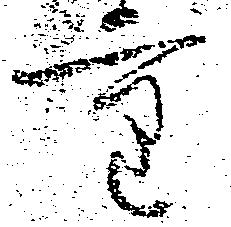
重